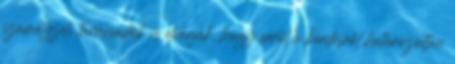
szamélyzeti tanácsadók is elvárják, hogy erről a kérdésről határozottan